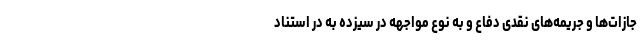
جازات‌ها و جریمه‌های نقدی دفاع و به نوع مواجهه در سیزده به در استناد